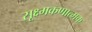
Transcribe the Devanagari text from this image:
सूक्ष्मकणात्मक